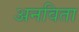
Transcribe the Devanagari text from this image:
अनविता